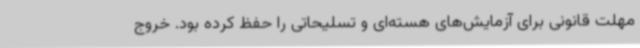
مهلت قانونی برای آزمایش‌های هسته‌ای و تسلیحاتی را حفظ کرده بود. خروج